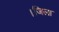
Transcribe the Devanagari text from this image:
।जिला